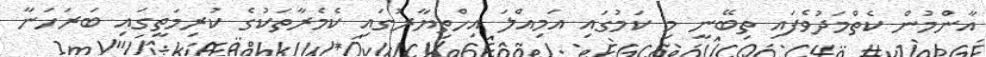
އާންމުން ކެތްމަދުވެފައި ތިބޭނީ މި ކަމުގައި އަމިއްލަ އިހްތިޔާރުގައި ކެމެރާތަކުގެ ކުރިމަތީގައި ބަރަހަނާ